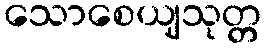
သောစေယျသုတ္တ